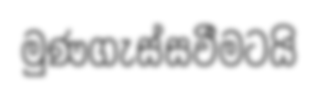
මුණගැස්සවීමටයි